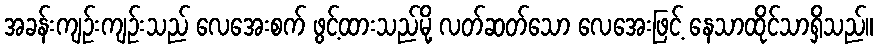
အခန်းကျဉ်းကျဉ်းသည် လေအေးစက် ဖွင့်ထားသည်မို့ လတ်ဆတ်သော လေအေးဖြင့် နေသာထိုင်သာရှိသည်။